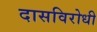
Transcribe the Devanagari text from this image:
दासविरोधी